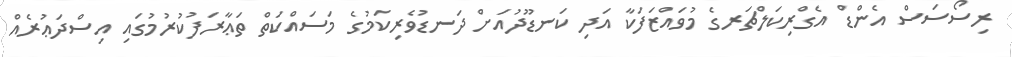
ރިސޯސަސް އެންޑް އެގްރިކަލްޗަރގެ މުވައްޒަފަކާ އަދި ކަނޑޫދުއަށް ދަނޑުވެރިކަމުގެ މަސައްކަތް ތަޢާރަފުކުރުމުގައި އިސްދަޢުރެއް